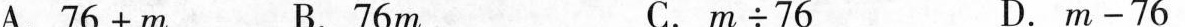
A.76+m B.76m C.m÷76 D.m-76